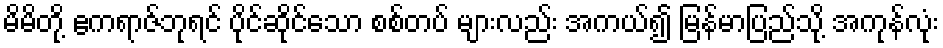
မိမိတို့ ဧကရာဇ်ဘုရင် ပိုင်ဆိုင်သော စစ်တပ် များလည်း အကယ်၍ မြန်မာပြည်သို့ အကုန်လုံး